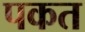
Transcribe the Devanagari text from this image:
पकत